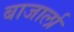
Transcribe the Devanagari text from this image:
बाजार्ला